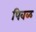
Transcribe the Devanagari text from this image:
पिवळ